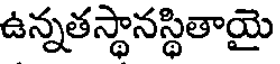
ఉన్నతస్థానస్థితాయై